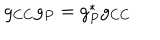
g _ { C C } g _ { P } = g _ { P } ^ { * } g _ { C C }